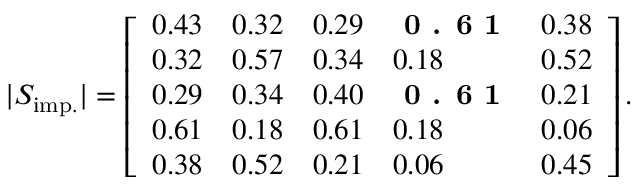
| S _ { \mathrm { i m p . } } | = \left[ \begin{array} { l l l l l } { { 0 . 4 3 } } & { { 0 . 3 2 } } & { { 0 . 2 9 } } & { \textbf { 0 . 6 1 } } & { { 0 . 3 8 } } \\ { { 0 . 3 2 } } & { { 0 . 5 7 } } & { { 0 . 3 4 } } & { { 0 . 1 8 } } & { { 0 . 5 2 } } \\ { { 0 . 2 9 } } & { { 0 . 3 4 } } & { { 0 . 4 0 } } & { \textbf { 0 . 6 1 } } & { { 0 . 2 1 } } \\ { { 0 . 6 1 } } & { { 0 . 1 8 } } & { { 0 . 6 1 } } & { { 0 . 1 8 } } & { { 0 . 0 6 } } \\ { { 0 . 3 8 } } & { { 0 . 5 2 } } & { { 0 . 2 1 } } & { { 0 . 0 6 } } & { { 0 . 4 5 } } \end{array} \right] .